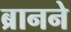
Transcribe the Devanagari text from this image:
ब्रानने